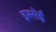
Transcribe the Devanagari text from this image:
इस्सेई